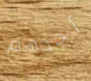
أجدهم